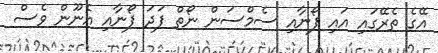
އޭގެ ތެރޭގައި އައި ފޯނާއި ސެމްސަން ނޯތް ފަދަ ފޯނާއި އެނޫން ވެސް